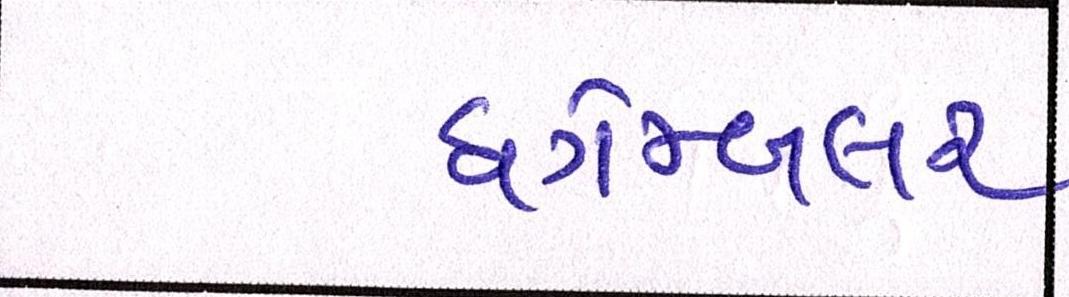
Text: ધગેમ્બલર